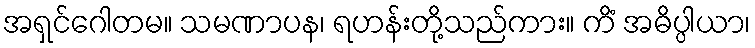
အရှင်ဂေါတမ။ သမဏာပန၊ ရဟန်းတို့သည်ကား။ ကိံ အဓိပ္ပါယာ၊